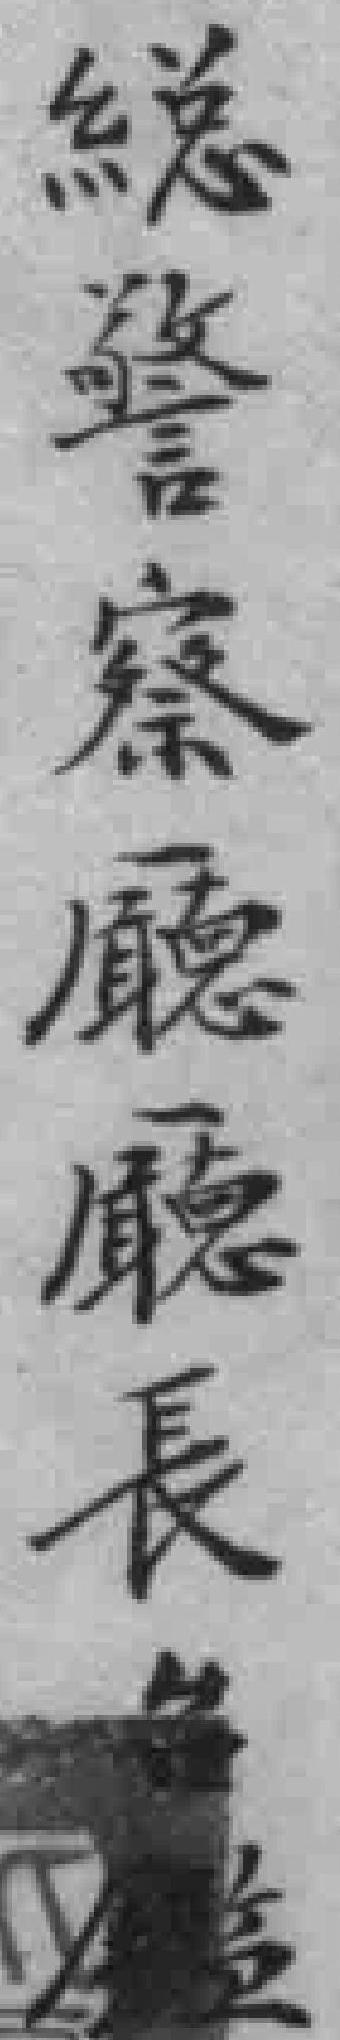
縂警察廳廳長台*